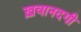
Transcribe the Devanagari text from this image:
ख़वानदगी